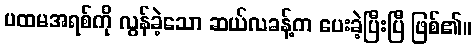
ပထမအရစ်ကို လွန်ခဲ့သော ဆယ်လခန့်က ပေးခဲ့ပြီးပြီ ဖြစ်၏။